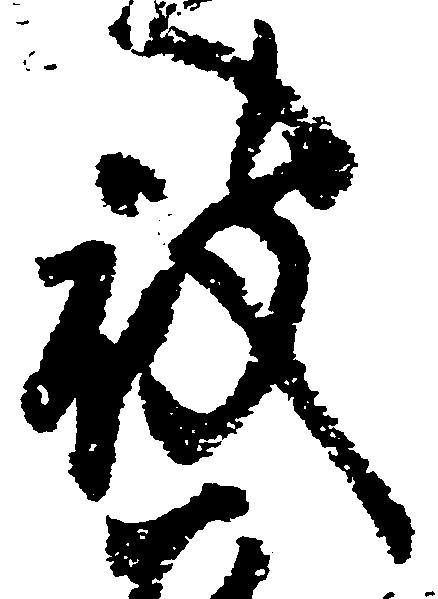
被